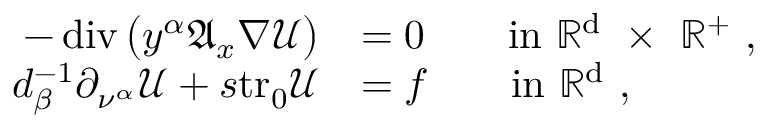
\begin{array} { r l } { - \operatorname { d i v } \big ( y ^ { \alpha } \mathfrak { A } _ { x } \nabla \mathcal { U } \big ) } & { = 0 \qquad \mathrm { i n ~ \mathbb { R } ^ { d } ~ \times ~ \mathbb { R } ^ + ~ } , } \\ { d _ { \beta } ^ { - 1 } \partial _ { \nu ^ { \alpha } } \mathcal { U } + s \mathrm { t r _ { 0 } } \mathcal { U } } & { = f \qquad \mathrm { i n ~ \mathbb { R } ^ { d } ~ } , } \end{array}